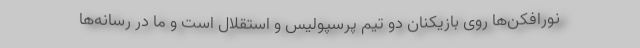
نورافکن‌ها روی بازیکنان دو تیم پرسپولیس و استقلال است و ما در رسانه‌ها